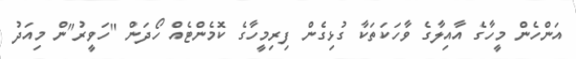
އަންހެން މީހާގެ އާއިލާގެ ވާހަކަތަކާ ގުޅިގެން ފިރިމީހާގެ ކޮމެންޓެއް ހޯދަން "ހަވީރު"ން މިއަދު